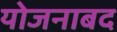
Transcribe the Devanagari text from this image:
योजनाबद